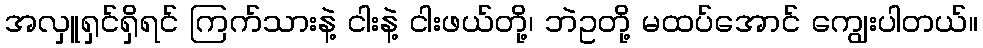
အလှူရှင်ရှိရင် ကြက်သားနဲ့ ငါးနဲ့ ငါးဖယ်တို့၊ ဘဲဥတို့ မထပ်အောင် ကျွေးပါတယ်။